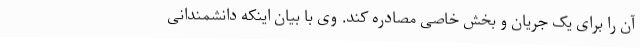
آن را برای یک جریان و بخش خاصی مصادره کند. وی با بیان اینکه دانشمندانی